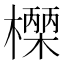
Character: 𭬓